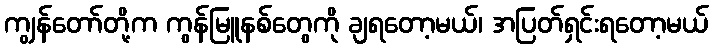
ကျွန်တော်တို့က ကွန်မြူနစ်တွေကို ချရတော့မယ်၊ အပြတ်ရှင်းရတော့မယ်